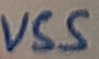
Text: VSS